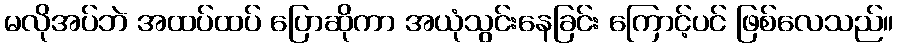
မလိုအပ်ဘဲ အထပ်ထပ် ပြောဆိုကာ အယုံသွင်းနေခြင်း ကြောင့်ပင် ဖြစ်လေသည်။